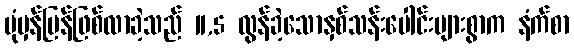
ပုံမှန်ပြန်ဖြစ်လာခဲ့သည် 11,5 လွန်ခဲ့သောနှစ်သန်းပေါင်းများစွာက နံက်စာ